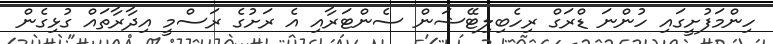
ހިންމަފުށީގައި ހުންނަ ޑްރަގް ރިހެބިލިޓޭޝަން ސެންޓަރާއި އެ ރަށުގެ ރަސްމީ އިދާރާތައް ގުޅިގެން